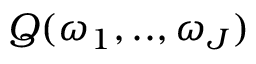
Q ( \omega _ { 1 } , . . , \omega _ { J } )